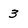
Character: 3